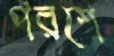
পরশে